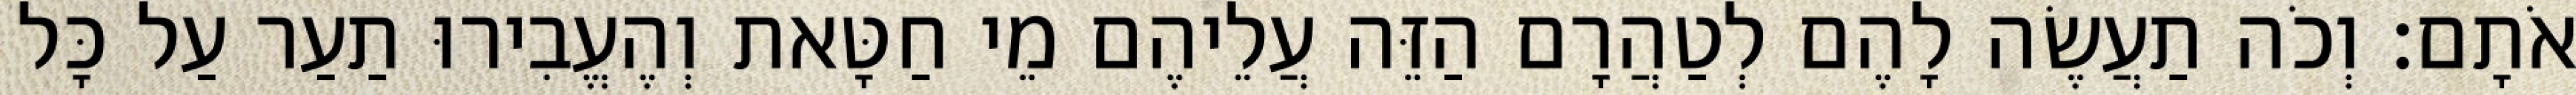
אֹתָם׃ וְכֹה תַעֲשֶׂה לָהֶם לְטַהֲרָם הַזֵּה עֲלֵיהֶם מֵי חַטָּאת וְהֶעֱבִירוּ תַעַר עַל כָּל